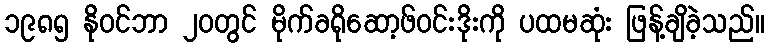
၁၉၈၅ နိုဝင်ဘာ ၂၀တွင် မိုက်ခရိုဆော့ဖ်ဝင်းဒိုးကို ပထမဆုံး ဖြန့်ချိခဲ့သည်။